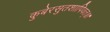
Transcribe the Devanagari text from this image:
कुबेरसुतशापिवत्‌॥।